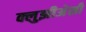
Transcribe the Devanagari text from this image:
क्लुझीअेसी